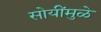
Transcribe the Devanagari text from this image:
सोयींमुळे